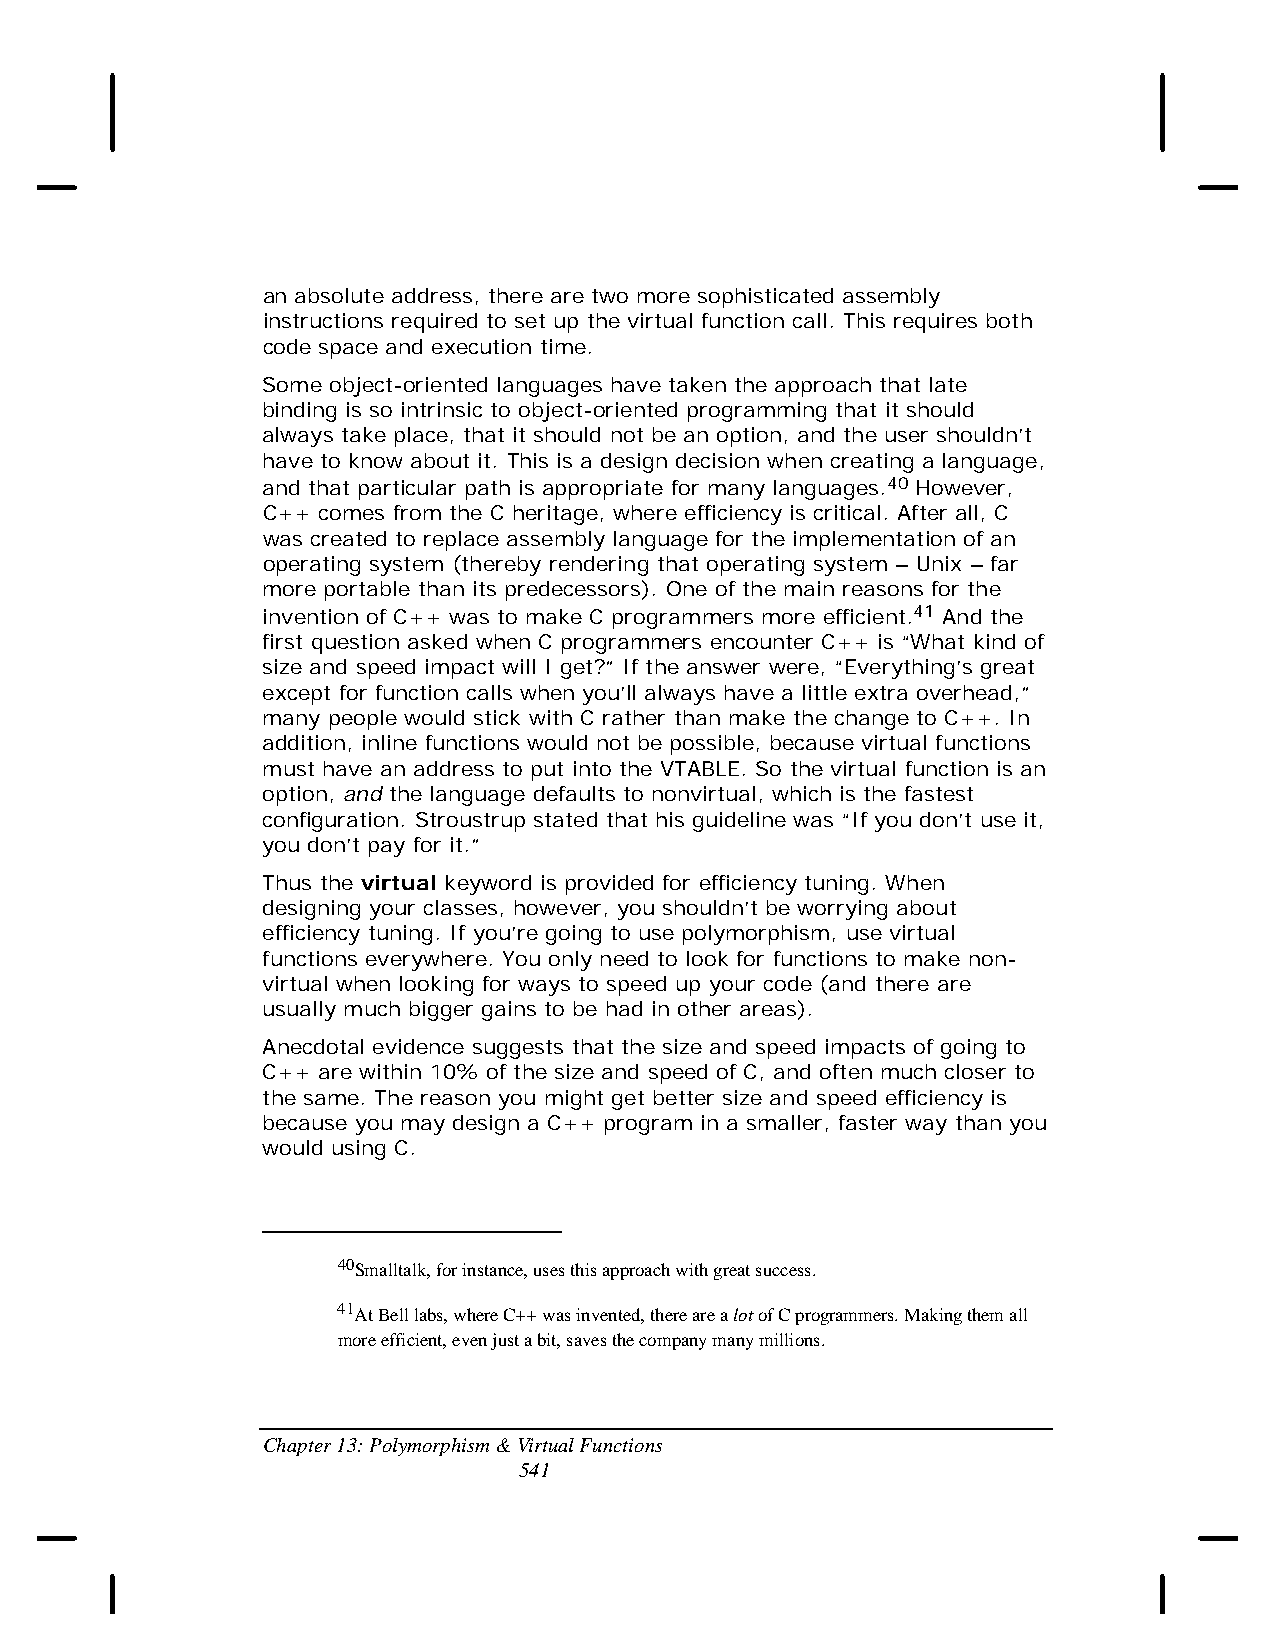
an absolute address, there are two more sophisticated assembly
 instructions required to set up the virtual function call. This requires both
 code space and execution time.
 Some object-oriented languages have taken the approach that late
 binding is so intrinsic to object-oriented programming that it should
 always take place, that it should not be an option, and the user shouldn’t
 have to know about it. This is a design decision when creating a language,
 and that particular path is appropriate for many languages.40 However,
 C++ comes from the C heritage, where efficiency is critical. After all, C
 was created to replace assembly language for the implementation of an
 operating system (thereby rendering that operating system – Unix – far
 more portable than its predecessors). One of the main reasons for the
 invention of C++ was to make C programmers more efficient.41 And the
 first question asked when C programmers encounter C++ is “What kind of
 size and speed impact will I get?” If the answer were, “Everything’s great
 except for function calls when you’ll always have a little extra overhead,”
 many people would stick with C rather than make the change to C++. In
 addition, inline functions would not be possible, because virtual functions
 must have an address to put into the VTABLE. So the virtual function is an
 option, and the language defaults to nonvirtual, which is the fastest
 configuration. Stroustrup stated that his guideline was “If you don’t use it,
 you don’t pay for it.”
 Thus the virtual keyword is provided for efficiency tuning. When
 designing your classes, however, you shouldn’t be worrying about
 efficiency tuning. If you’re going to use polymorphism, use virtual
 functions everywhere. You only need to look for functions to make non-
 virtual when looking for ways to speed up your code (and there are
 usually much bigger gains to be had in other areas).
 Anecdotal evidence suggests that the size and speed impacts of going to
 C++ are within 10% of the size and speed of C, and often much closer to
 the same. The reason you might get better size and speed efficiency is
 because you may design a C++ program in a smaller, faster way than you
 would using C.
 40Smalltalk, for instance, uses this approach with great success.
 41At Bell labs, where C++ was invented, there are a lot of C programmers. Making them all
 more efficient, even just a bit, saves the company many millions.
 Chapter 13: Polymorphism & Virtual Functions
 541